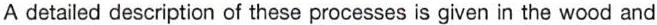
A detailed description of these processes is given in the wood and